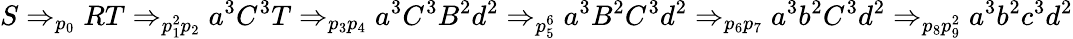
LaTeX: S\Rightarrow_{p_{0}}RT\Rightarrow_{p_{1}^{2}p_{2}}a^{3}C^{3}T\Rightarrow_{p_{3}p_{4}}a^{3}C^{3}B^{2}d^{2}\Rightarrow_{p_{5}^{6}}a^{3}B^{2}C^{3}d^{2}\Rightarrow_{p_{6}p_{7}}a^{3}b^{2}C^{3}d^{2}\Rightarrow_{p_{8}p_{9}^{2}}a^{3}b^{2}c^{3}d^{2}